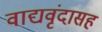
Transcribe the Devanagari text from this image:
वाद्यवृंदासह